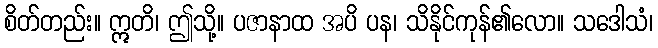
စိတ်တည်း။ ဣတိ၊ ဤသို့။ ပဇာနာထ အပိ ပန၊ သိနိုင်ကုန်၏လော။ သဒေါသံ၊